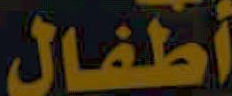
أطفال